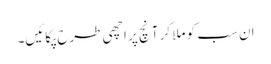
ان سب کو ملا کر آنچ پر اچھی طرح پکائیں۔